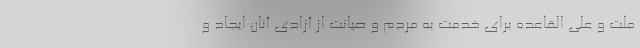
ملّت و علی القاعده برای خدمت به مردم و صیانت از آزادی آنان ایجاد و